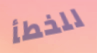
للخطأ